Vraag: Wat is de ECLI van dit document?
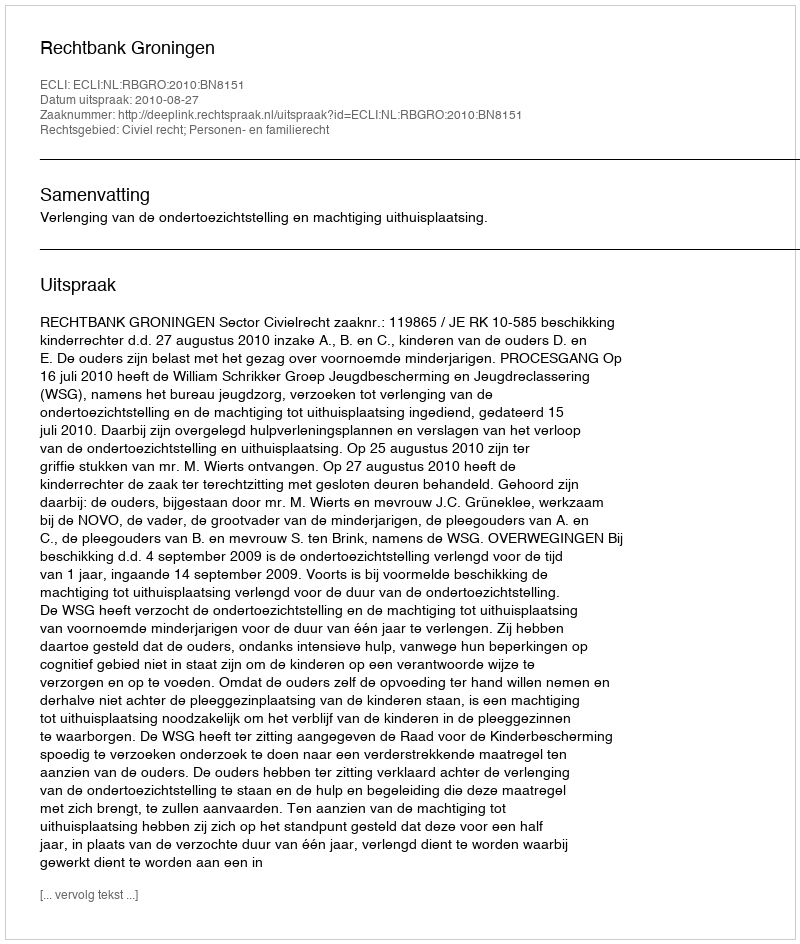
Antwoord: ECLI:NL:RBGRO:2010:BN8151